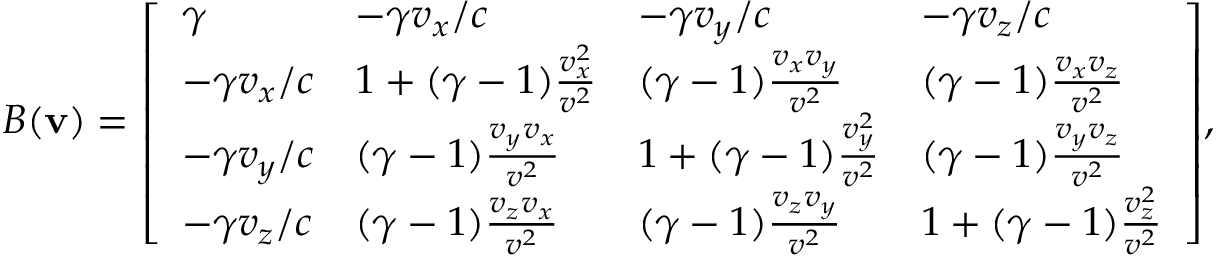
B ( \mathbf { v } ) = { \left[ \begin{array} { l l l l } { \gamma } & { - \gamma v _ { x } / c } & { - \gamma v _ { y } / c } & { - \gamma v _ { z } / c } \\ { - \gamma v _ { x } / c } & { 1 + ( \gamma - 1 ) { \frac { v _ { x } ^ { 2 } } { v ^ { 2 } } } } & { ( \gamma - 1 ) { \frac { v _ { x } v _ { y } } { v ^ { 2 } } } } & { ( \gamma - 1 ) { \frac { v _ { x } v _ { z } } { v ^ { 2 } } } } \\ { - \gamma v _ { y } / c } & { ( \gamma - 1 ) { \frac { v _ { y } v _ { x } } { v ^ { 2 } } } } & { 1 + ( \gamma - 1 ) { \frac { v _ { y } ^ { 2 } } { v ^ { 2 } } } } & { ( \gamma - 1 ) { \frac { v _ { y } v _ { z } } { v ^ { 2 } } } } \\ { - \gamma v _ { z } / c } & { ( \gamma - 1 ) { \frac { v _ { z } v _ { x } } { v ^ { 2 } } } } & { ( \gamma - 1 ) { \frac { v _ { z } v _ { y } } { v ^ { 2 } } } } & { 1 + ( \gamma - 1 ) { \frac { v _ { z } ^ { 2 } } { v ^ { 2 } } } } \end{array} \right] } ,